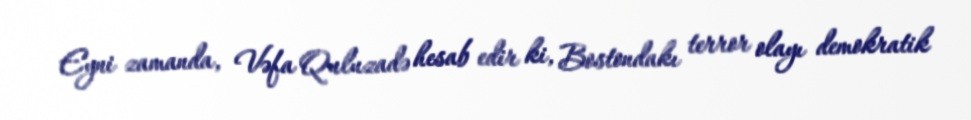
Eyni zamanda, Vəfa Quluzadə hesab edir ki, Bostondakı terror olayı demokratik